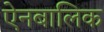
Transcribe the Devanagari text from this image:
ऐनबालिक